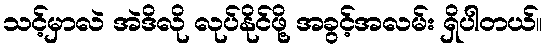
သင့်မှာလဲ အဲဒိလို လုပ်နိုင်ဖို့ အခွင့်အလမ်း ရှိပါတယ်။